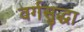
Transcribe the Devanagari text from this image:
वर्गसुद्धा